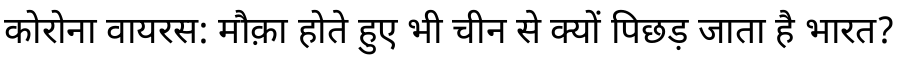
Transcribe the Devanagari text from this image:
कोरोना वायरस: मौक़ा होते हुए भी चीन से क्यों पिछड़ जाता है भारत?